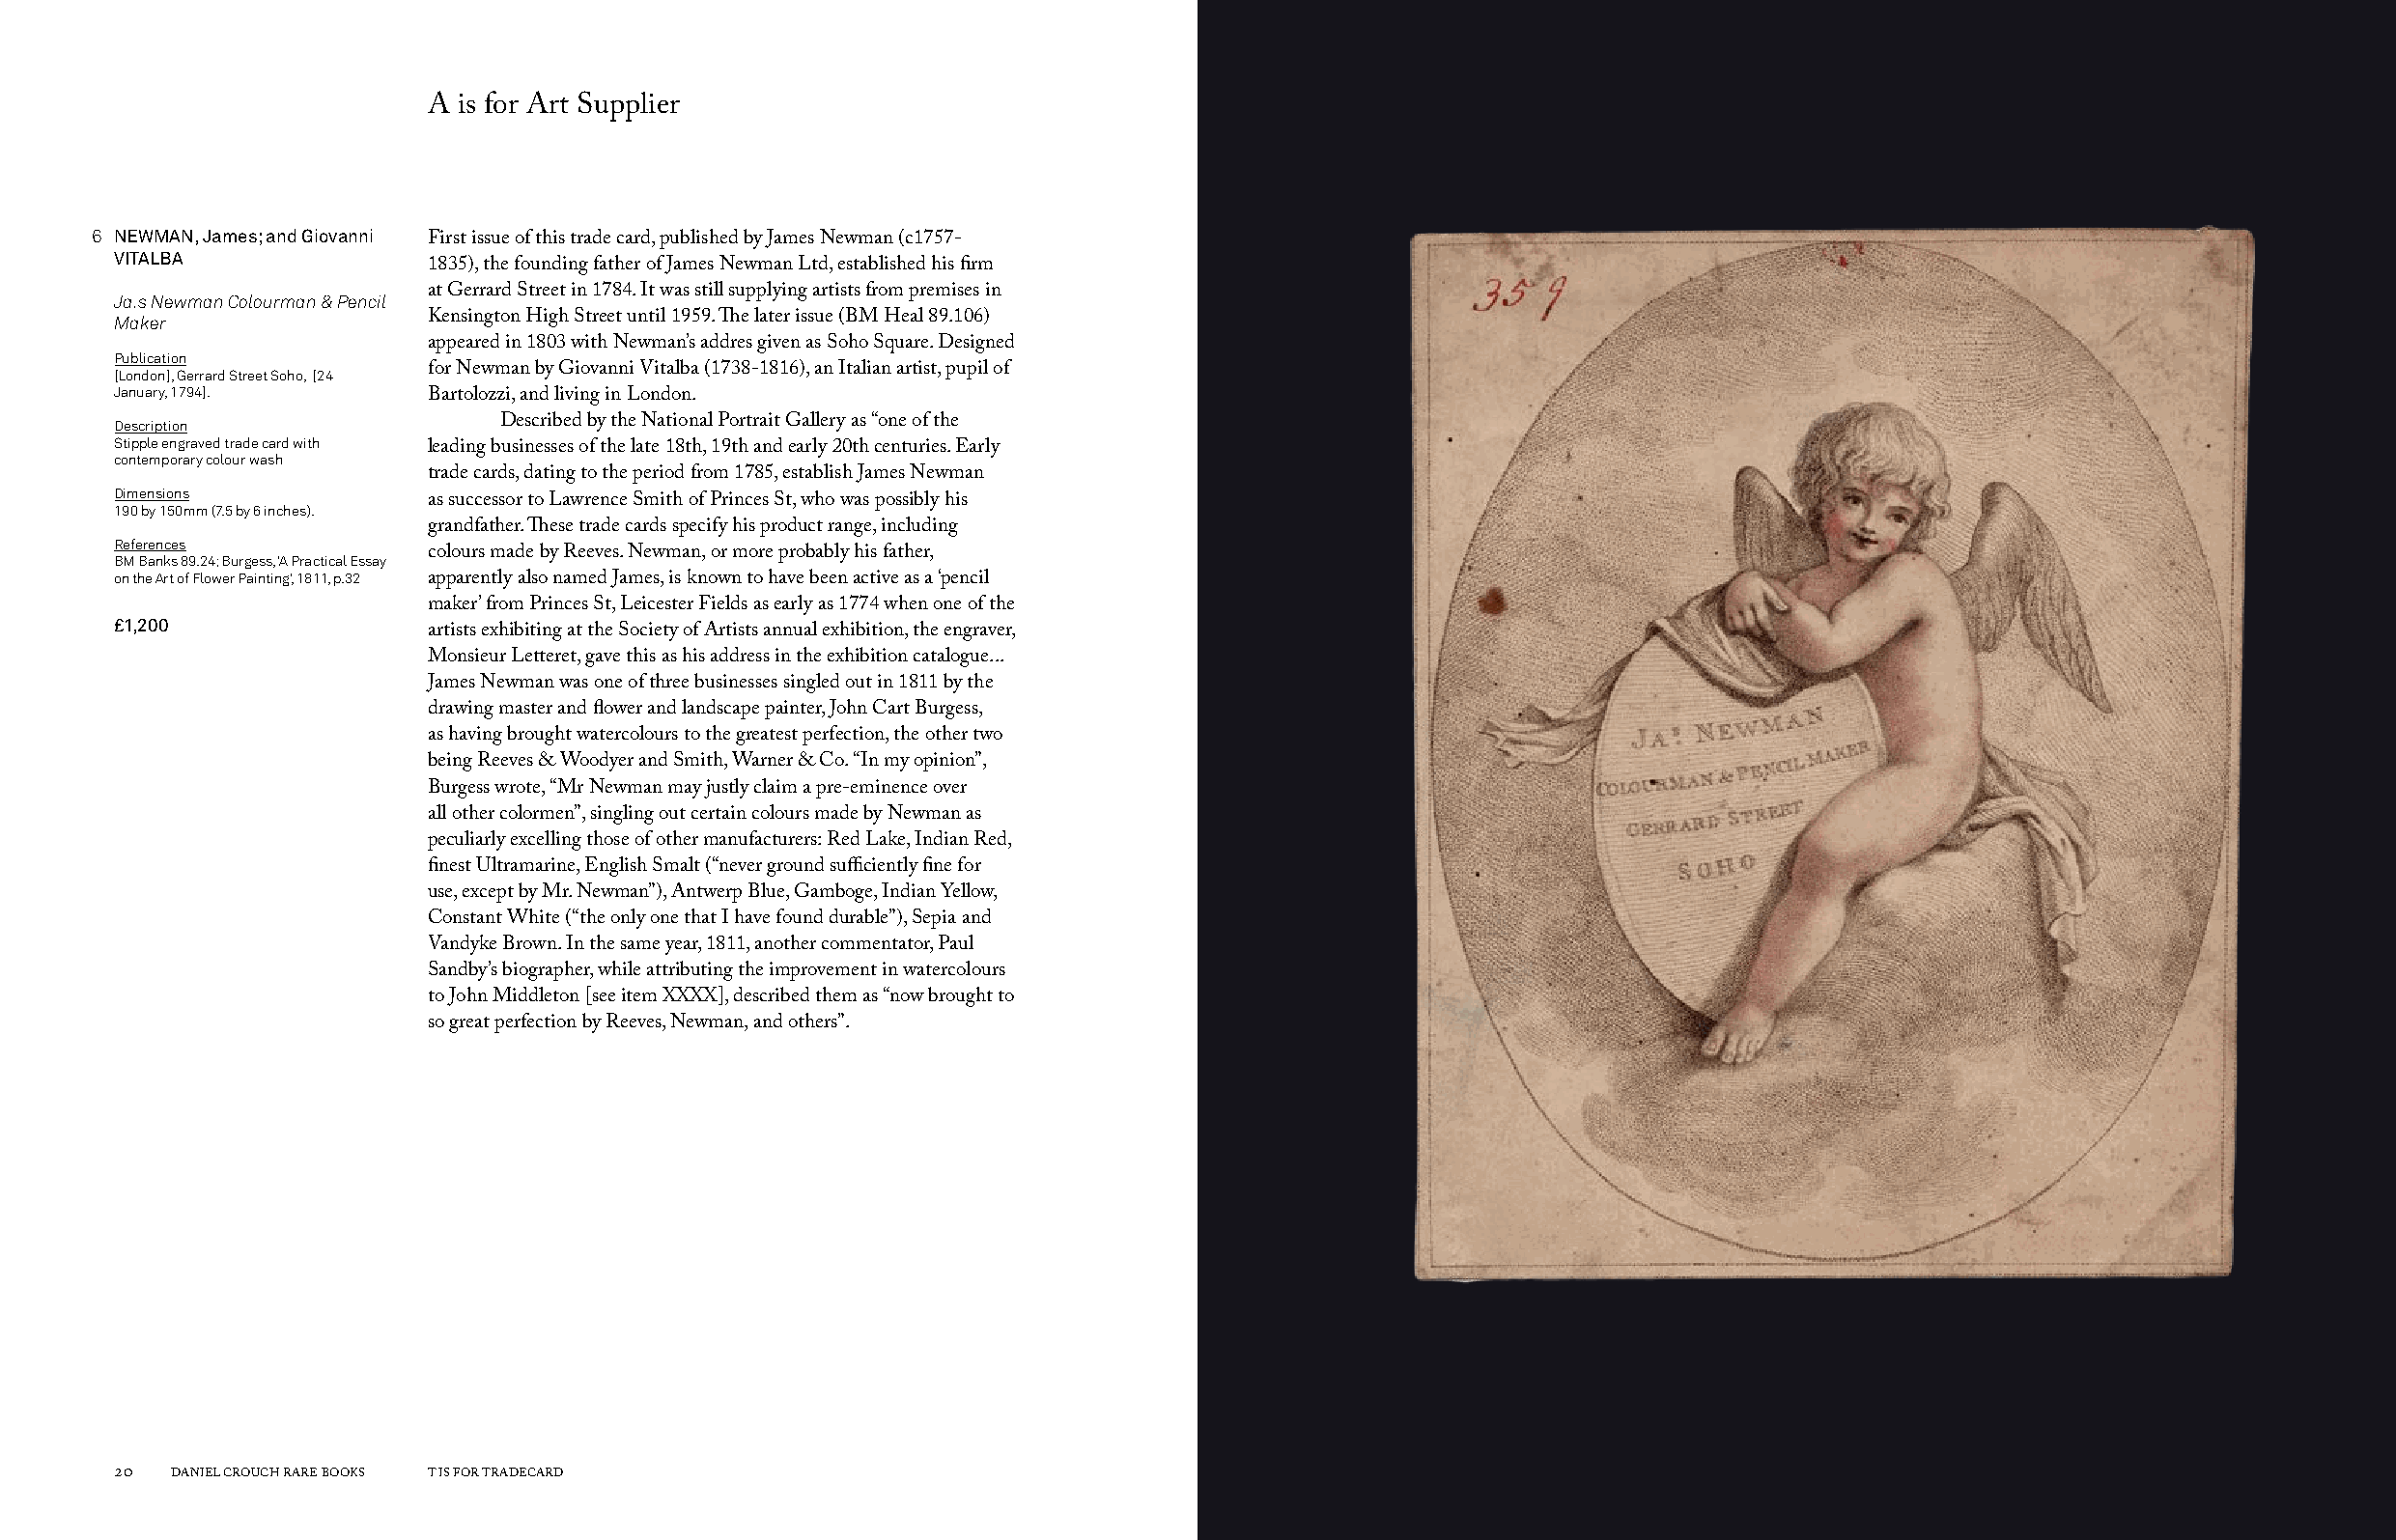
A is for Art Supplier
 6 NEWMAN, James; and Giovanni
 First issue of this trade card, published by James Newman (c1757-
 VITALBA
 1835), the founding father of James Newman Ltd, established his firm
 Ja.s Newman Colourman & Pencil at Gerrard Street in 1784. It was still supplying artists from premises in
 Maker                Kensington High Street until 1959. The later issue (BM Heal 89.106)
 appeared in 1803 with Newman’s addres given as Soho Square. Designed
 Publication
 [London], Gerrard Street Soho, [24 for Newman by Giovanni Vitalba (1738-1816), an Italian artist, pupil of
 January, 1794].
 Bartolozzi, and living in London.
 Description               Described by the National Portrait Gallery as “one of the
 Stipple engraved trade card with
 leading businesses of the late 18th, 19th and early 20th centuries. Early
 contemporary colour wash
 trade cards, dating to the period from 1785, establish James Newman
 Dimensions
 as successor to Lawrence Smith of Princes St, who was possibly his
 190 by 150mm (7.5 by 6 inches).
 grandfather. These trade cards specify his product range, including
 References
 BM Banks 89.24; Burgess, ‘A Practical Essay colours made by Reeves. Newman, or more probably his father,
 on the Art of Flower Painting’, 1811, p.32 apparently also named James, is known to have been active as a ‘pencil
 maker’ from Princes St, Leicester Fields as early as 1774 when one of the
 £1,200
 artists exhibiting at the Society of Artists annual exhibition, the engraver,
 Monsieur Letteret, gave this as his address in the exhibition catalogue...
 James Newman was one of three businesses singled out in 1811 by the
 drawing master and flower and landscape painter, John Cart Burgess,
 as having brought watercolours to the greatest perfection, the other two
 being Reeves & Woodyer and Smith, Warner & Co. “In my opinion”,
 Burgess wrote, “Mr Newman may justly claim a pre-eminence over
 all other colormen”, singling out certain colours made by Newman as
 peculiarly excelling those of other manufacturers: Red Lake, Indian Red,
 finest Ultramarine, English Smalt (“never ground sufficiently fine for
 use, except by Mr. Newman”), Antwerp Blue, Gamboge, Indian Yellow,
 Constant White (“the only one that I have found durable”), Sepia and
 Vandyke Brown. In the same year, 1811, another commentator, Paul
 Sandby’s biographer, while attributing the improvement in watercolours
 to John Middleton [see item XXXX], described them as “now brought to
 so great perfection by Reeves, Newman, and others”.
 20  DANIEL CROUCH RARE BOOKS T IS FOR TRADECARD                                                                       T IS FOR TRADECARD DANIEL CROUCH RARE BOOKS 21